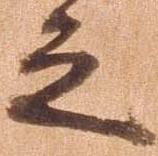
之